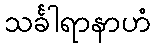
သင်္ခါရာနာဟံ